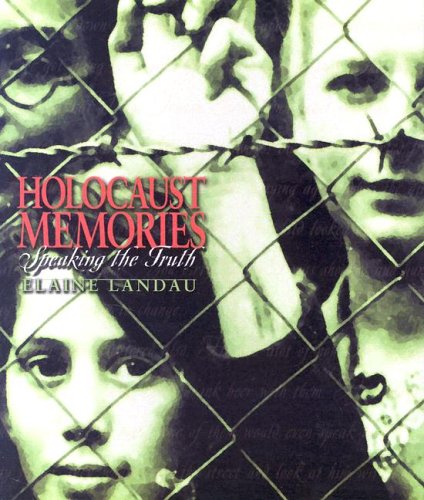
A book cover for Holocaust Memories (In Their Own Words (Franklin Watts)); Elaine Landau; Children's Books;